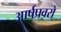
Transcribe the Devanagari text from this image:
आर्षप्रवरो